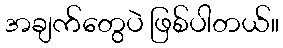
အချက်တွေပဲ ဖြစ်ပါတယ်။